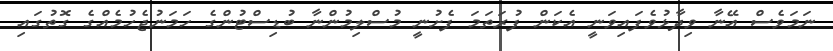
ނަމަވެސް އޭނާ ވިދާޅުވެފައިވަނީ އެކަން ފުރަތަމަ ފެށުނީ މުސްލިމުންނާ ބުޑިސްޓުންގެ ހަމަނުޖެހުމެއްގެ ގޮތުގައި